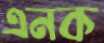
এনক